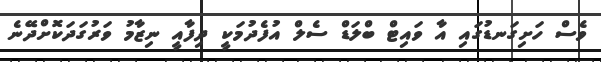
ވެސް ހަށިގަނޑުގައި އާ ވައިޓް ބްލަޑް ސެލް އުފެދުމަކީ ދިފާއީ ނިޒާމު ވަރުގަދަކޮށްދޭނެ